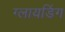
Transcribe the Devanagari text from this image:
ग्लायडिंग